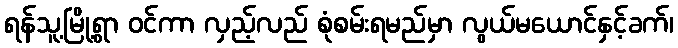
ရန်သူ့မြို့ရွာ ဝင်ကာ လှည့်လည် စုံစမ်းရမည်မှာ လွယ်မယောင်နှင့်ခက်၊